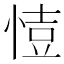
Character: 𢜳